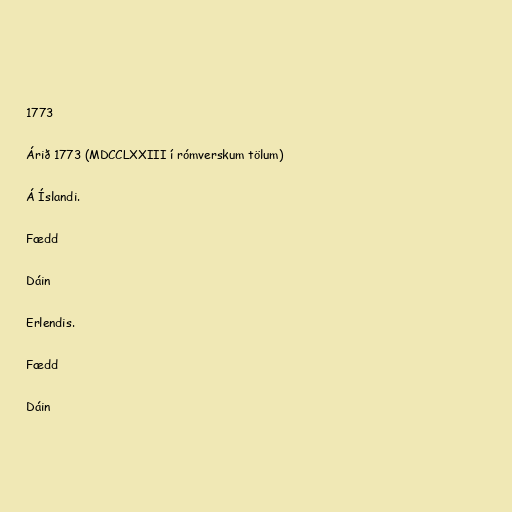
1773

Árið 1773 (MDCCLXXIII í rómverskum tölum)

Á Íslandi.

Fædd

Dáin

Erlendis.

Fædd

Dáin